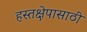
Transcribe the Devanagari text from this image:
हस्तक्षेपासाठी